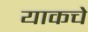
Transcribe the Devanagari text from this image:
याकचे